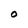
Character: 0